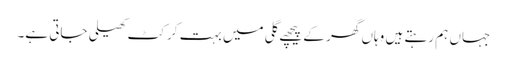
جہاں ہم رہتے ہیں وہاں گھر کے پیچھے گلی میں بہت کرکٹ کھیلی جاتی ہے۔